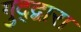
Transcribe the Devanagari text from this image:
गुद्द्वारा